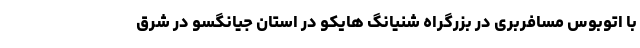
با اتوبوس مسافربری در بزرگراه شنیانگ هایکو در استان جیانگسو در شرق